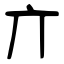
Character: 亣